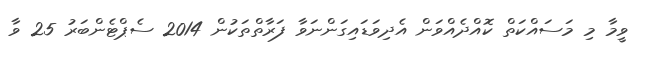
ވީމާ މި މަސައްކަތް ކޮއްދެއްވަން އެދިވަޑައިގަންނަވާ ފަރާތްތަކުން 2014 ސެޕްޓެންބަރުު 25 ވާ